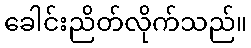
ခေါင်းညိတ်လိုက်သည်။